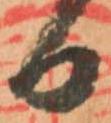
日